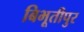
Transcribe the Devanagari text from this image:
बिभूतीपुर